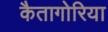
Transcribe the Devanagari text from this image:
कैतागोरिया